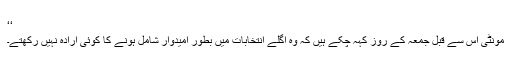
‘‘
مونٹی اس سے قبل جمعہ کے روز کہہ چکے ہیں کہ وہ اگلے انتخابات میں بطور امیدوار شامل ہونے کا کوئی ارادہ نہیں رکھتے۔